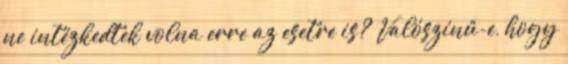
ne intézkedtek volna erre az esetre is? Valószínű-e, hogy